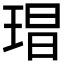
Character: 𭹕